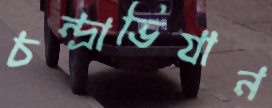
চন্দ্রাভিযান